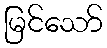
မြင်သော်